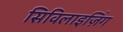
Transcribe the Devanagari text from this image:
सिविलाइज़िंग